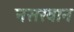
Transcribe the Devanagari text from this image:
नसरवान